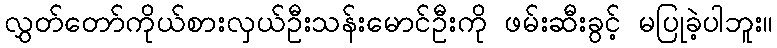
လွှတ်တော်ကိုယ်စားလှယ်ဦးသန်းမောင်ဦးကို ဖမ်းဆီးခွင့် မပြုခဲ့ပါဘူး။